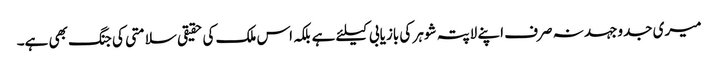
میری جدوجہد نہ صرف اپنے لاپتہ شوہر کی بازیابی کیلئے ہے بلکہ اس ملک کی حقیقی سلامتی کی جنگ بھی ہے۔